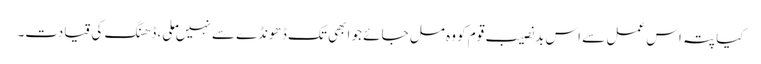
کیا پتہ اس عمل سے اس بدنصیب قوم کو وہ مل جائے جو ابھی تک ڈھونڈے سے نہیں ملی، ڈھنگ کی قیادت۔